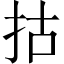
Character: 𢫈